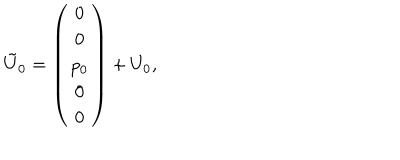
\tilde { U } _ { 0 } = \left( \begin{array} { c } { { 0 } } \\ { { 0 } } \\ { { p _ { 0 } } } \\ { { 0 } } \\ { { 0 } } \\ \end{array} \right) + U _ { 0 } ,